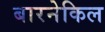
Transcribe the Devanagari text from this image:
बारनेकिल